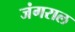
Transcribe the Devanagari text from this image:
जंगराल